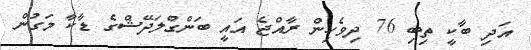
އަދި ބާކީ ތިބި 76 ދިވެހިން ރާއްޖެ އައީ ބަންގްލަދޭޝްގެ ޑާކާ މަގުން